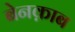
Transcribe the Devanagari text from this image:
बेनक़ाब